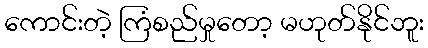
ကောင်းတဲ့ ကြံစည်မှုတော့ မဟုတ်နိုင်ဘူး